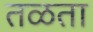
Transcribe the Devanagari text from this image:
तळता